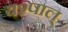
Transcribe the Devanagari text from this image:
यश्पाल्